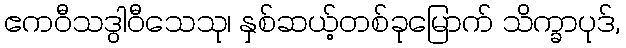
ဧကဝီသဒွါဝီသေသု၊ နှစ်ဆယ့်တစ်ခုမြောက် သိက္ခာပုဒ်,